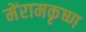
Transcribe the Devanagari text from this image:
मेंरामकृष्ण